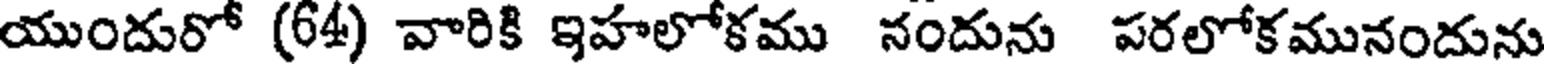
యుందురో (64) వారికి ఇహలోకము నందును పరలోకమునందును